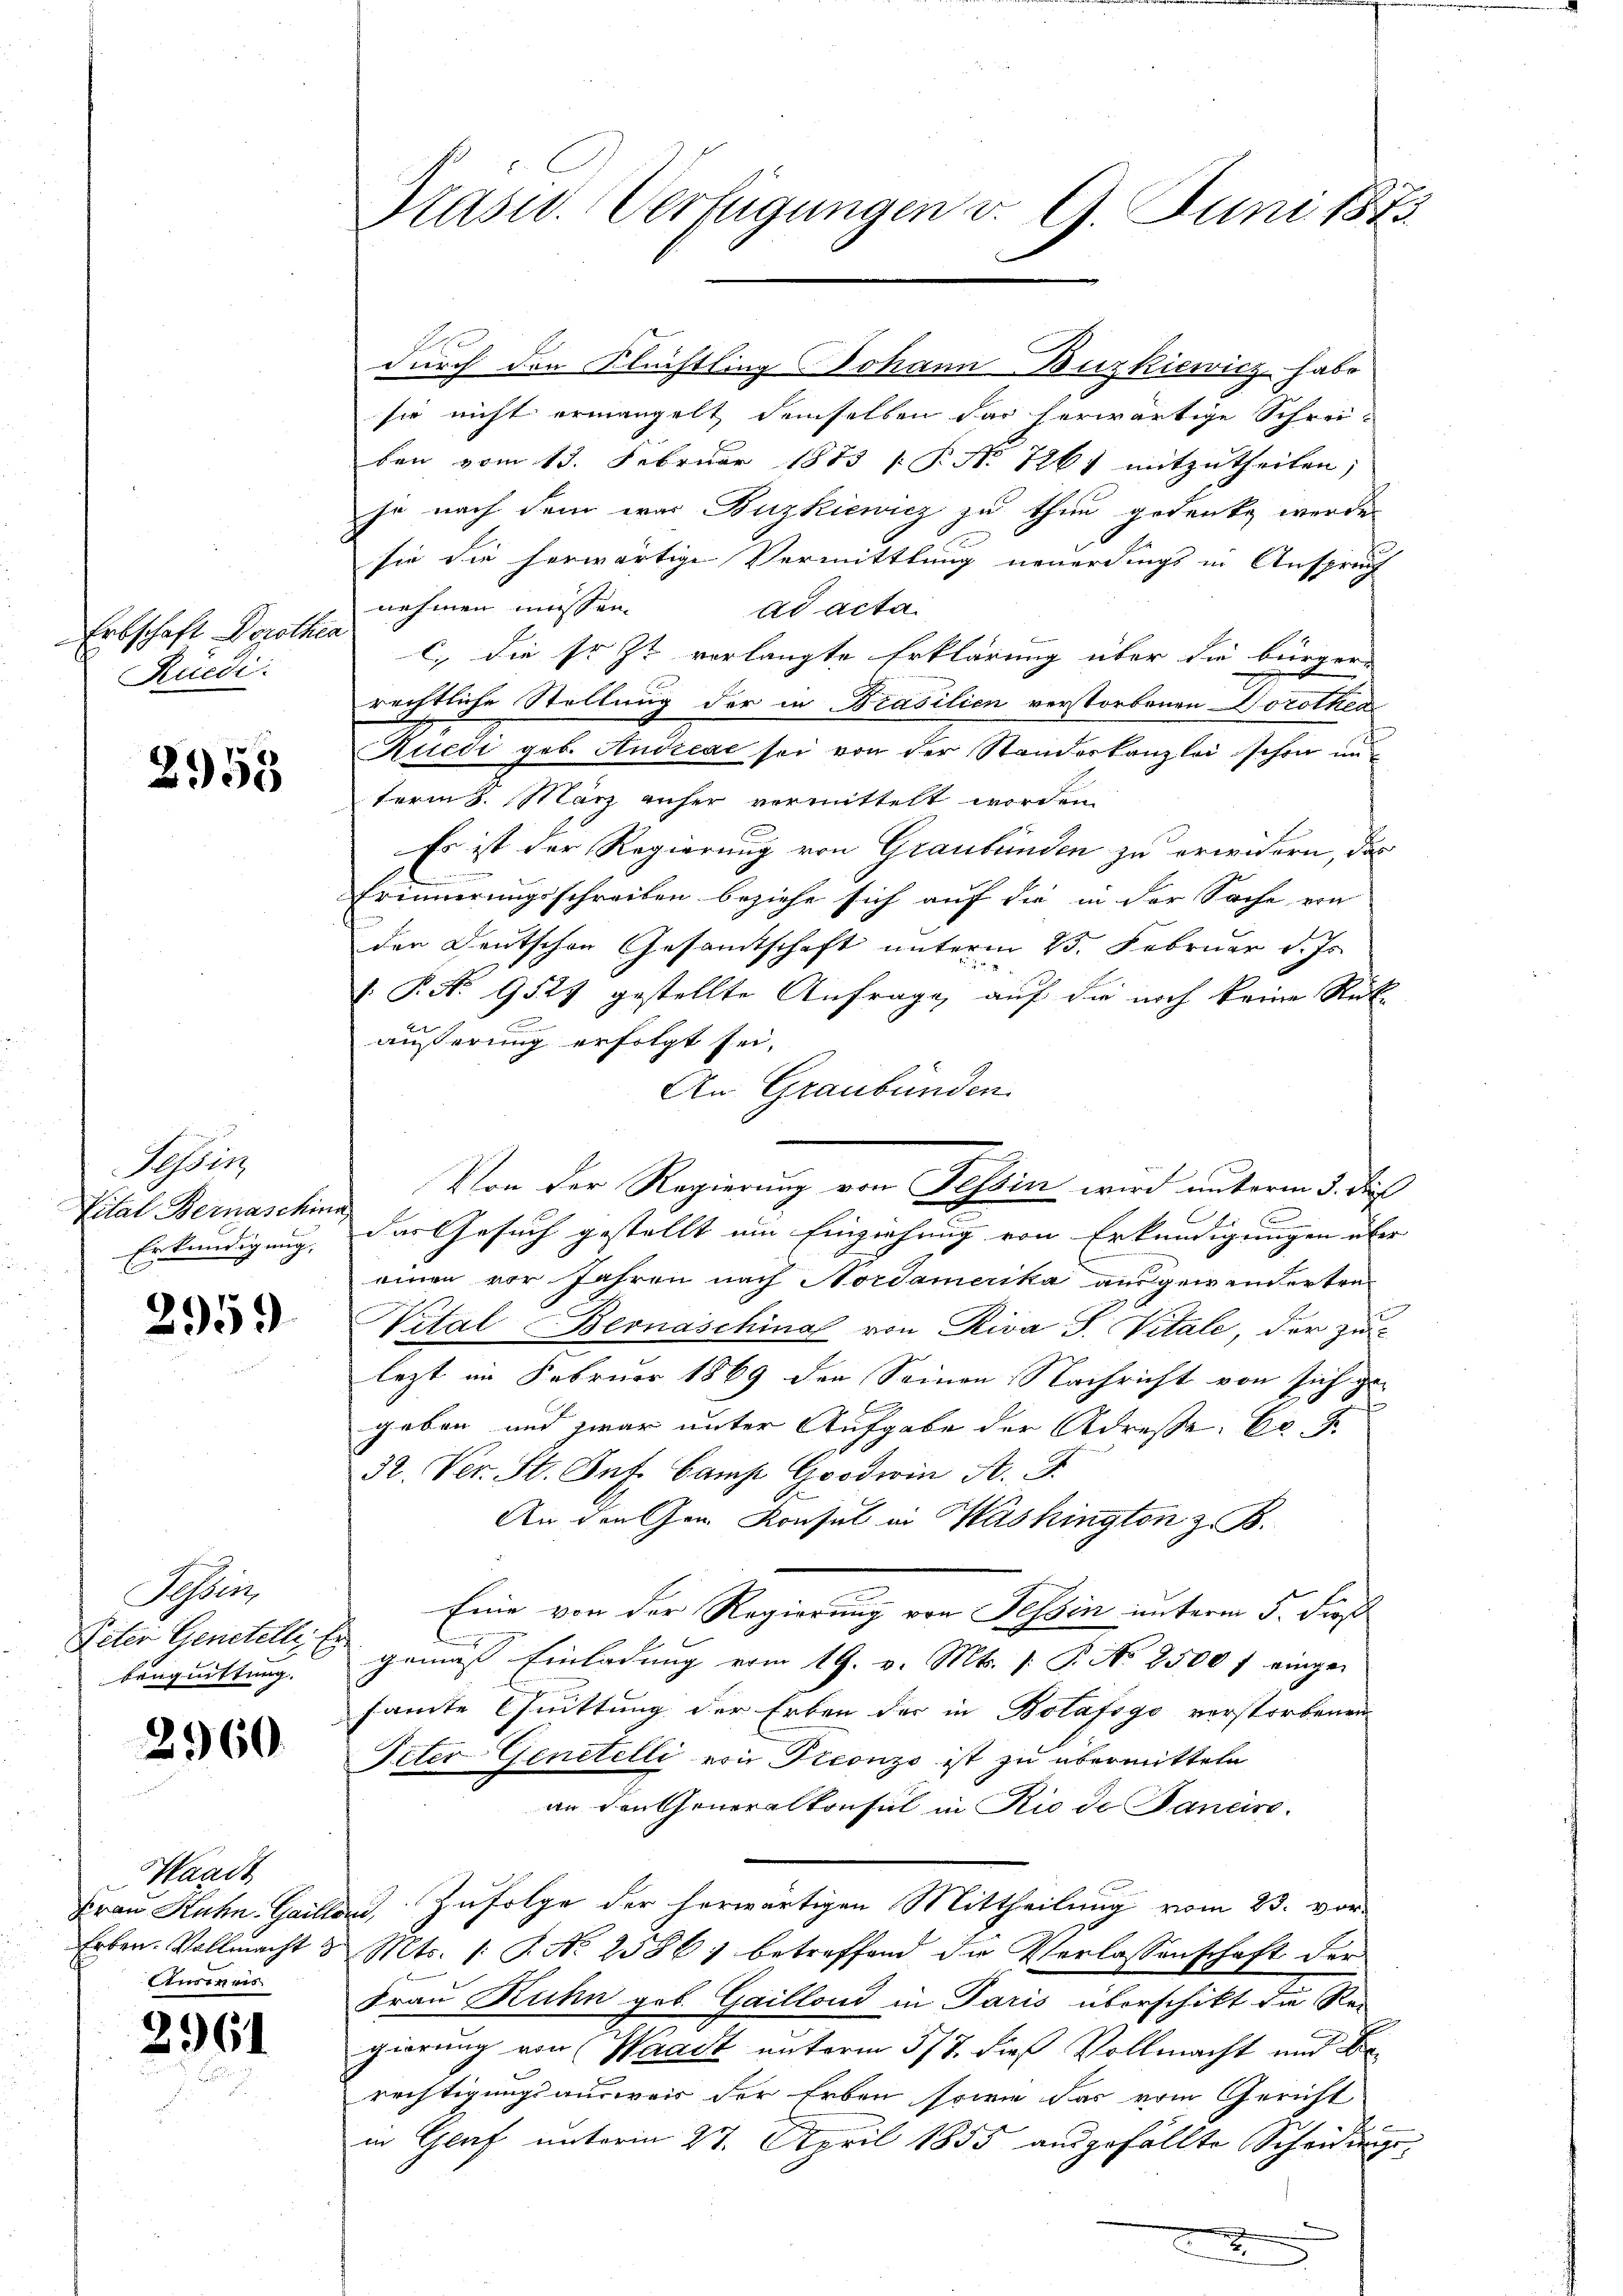
Erbschaft Dorother
Rüedi

2955

Tessin,
Vital Bernaschin
Erkundigung,

2959

Fessen
Peter Genehelli
bäuguittung.

2960

Waadt
Frau Kuhn Gailt
Erben. Vollmacht z
Ausweis

2961

Präsid.. Verfügungen v. 9. Juni 1873

durch den Flüchtling JohannBuzkiewicz habe
sie nicht ermangelt demselben das herwärtige Schrei-
ben vom 13. Februar 1873 [P No 7261 mitzutheilen;
je nach dem war Buzkiewicz zu thun gedenke werde.
sie die herwärtige Vermittlung neuerdings in Anspruch
nehmen müssen.
ad acta.
C. die sr. Zt. verlangte Erklärung über die bürger-
rechtliche Stellung der in Brasilien verstorbenen Dorothea
Auedi gob. Andreae sei von der Standeskanzlei schon interm 8. März anher vermittelt worden.
Es ist der Regierung von Graubünden zu erwidern, das
Erinnerungsschreiben beziehe sich auf die in der Sache ein
den Deutschen Gesamtschaft unterm 25. Februar d. Js.
 P. Nr. 9527 gestellte Anfrage, auf die noch keine Rück-
äußerung erfolgt sei,
An Graubünden.
Von der Regierung von Tessin wird unterm 5. di

das Gesuch gestellt um Einziehung von Erkundigungen über
einen vor Jahren nach Nordamerika ausgewänderten
Vital Bernaschina von Riva S. Vitale, der zu
lezt im Februar 1869 den Seinen Nachricht von sich ge-

geben und zwar unter Aufgabe der Adresse. Er
32. Ver. St. Of. Camp Goodwin K. J.
An den Gen Konsul in Washington z. B.
Eine von der Regierung von Tessin unterm 5. dies
gemäss Einladung vom 19. v. Mts. f. P. No 8500 f eingesamte Quittung der Erben der in Bolafsgo verstorbenen
Peter Generelli von Pleonzo ist zu übermitteln
an den Generalkonsul in Rio de Pancire
u. Zufolge der herwärtigen Mittheilung vom 23. vor-
Mts. /: P. No 2586) betreffend die Verlassenschaft der
Frau Kuhn geb. Gaillons in Paris überschikt die Rei-
gierung von Waadt unterm 5/7. dieß Vollmacht und Berechtigungsausweis der Erben sowie das vom Gericht
in Graf unterm 27. April 1855 ausgefällte Scheidungs-